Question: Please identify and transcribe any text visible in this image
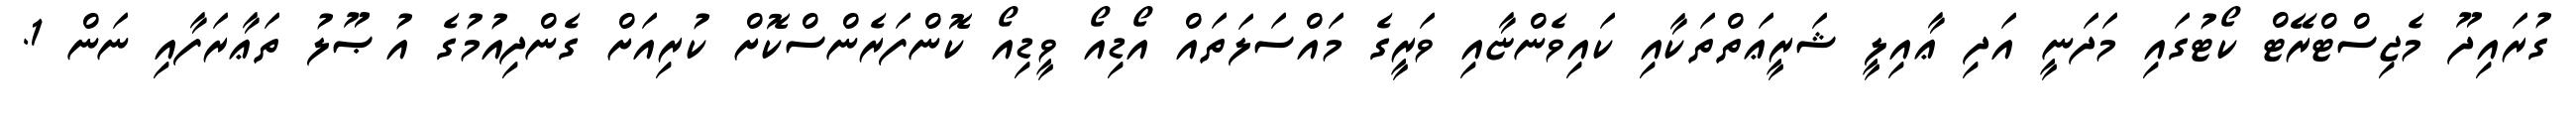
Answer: ގުރައިދޫ މެޖިސްޓްރޭޓް ކޯޓުގައި މަދަނީ އަދި ޢާއިލީ ޝަރީޢަތްތަކާއި ކައިވެންޏާއި ވަރީގެ މައްސަލަތައް އޯޑިއޯ ވީޑިއޯ ކޮންފަރެންސްކޮށް ކުރިއަށް ގެންދިއުމުގެ އުޞޫލު ތަޢާރަފާއި ނަން 1.